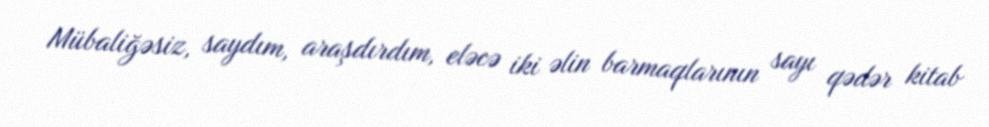
Mübaliğəsiz, saydım, araşdırdım, eləcə iki əlin barmaqlarının sayı qədər kitab